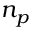
n _ { p }